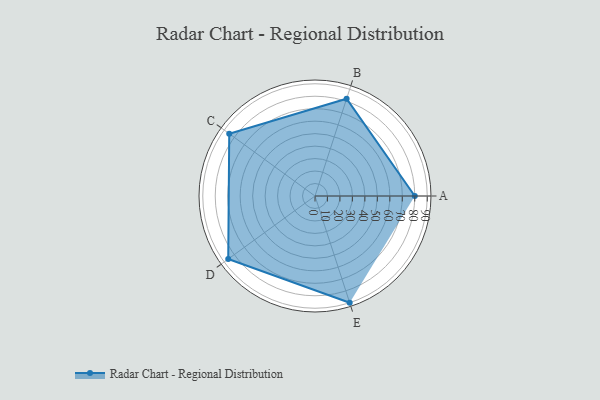
{"axis": {"x": "Skill", "y": "Score"}, "legend": ["Profile"], "data": [{"x": "A", "y": 80.0, "type": "Profile"}, {"x": "B", "y": 82.0, "type": "Profile"}, {"x": "C", "y": 85.0, "type": "Profile"}, {"x": "D", "y": 86.0, "type": "Profile"}, {"x": "E", "y": 90.0, "type": "Profile"}]}